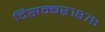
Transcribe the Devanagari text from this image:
दिसम्बर्१८७८